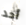
أحد